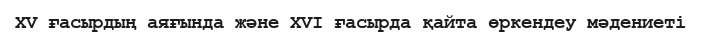
XV ғасырдың аяғында және XVI ғасырда қайта өркендеу мәдениеті